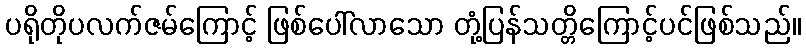
ပရိုတိုပလက်ဇမ်ကြောင့် ဖြစ်ပေါ်လာသော တုံ့ပြန်သတ္တိကြောင့်ပင်ဖြစ်သည်။